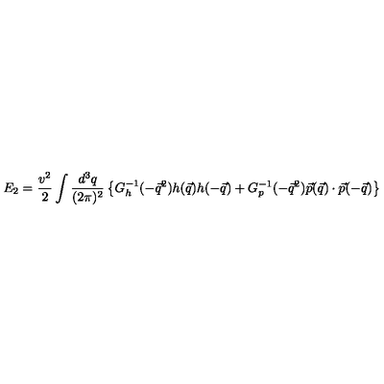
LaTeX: E _ { 2 } = \frac { v ^ { 2 } } { 2 } \int \frac { d ^ { 3 } q } { ( 2 \pi ) ^ { 2 } } \left\{ G _ { h } ^ { - 1 } ( - \vec { q } ^ { 2 } ) h ( \vec { q } ) h ( - \vec { q } ) + G _ { p } ^ { - 1 } ( - \vec { q } ^ { 2 } ) \vec { p } ( \vec { q } ) \cdot \vec { p } ( - \vec { q } ) \right\}